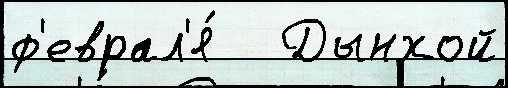
ф'еврал'я́   Дынхой